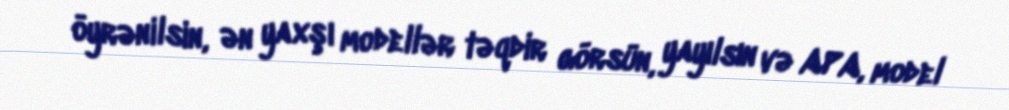
öyrənilsin, ən yaxşı modellər təqdir görsün, yayılsın və APA, model